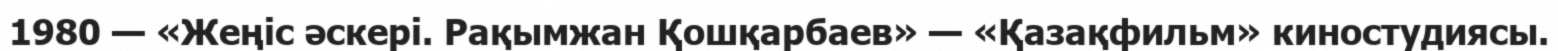
1980 — «Жеңіс әскері. Рақымжан Қошқарбаев» — «Қазақфильм» киностудиясы.